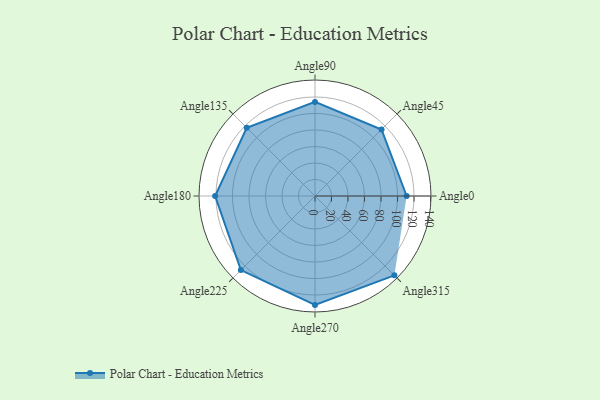
{"axis": {"x": "Angle", "y": "Radius"}, "legend": [""], "data": [{"x": "Angle0", "y": 111.0, "type": ""}, {"x": "Angle45", "y": 114.0, "type": ""}, {"x": "Angle90", "y": 114.0, "type": ""}, {"x": "Angle135", "y": 117.0, "type": ""}, {"x": "Angle180", "y": 121.0, "type": ""}, {"x": "Angle225", "y": 127.0, "type": ""}, {"x": "Angle270", "y": 132.0, "type": ""}, {"x": "Angle315", "y": 136.0, "type": ""}]}